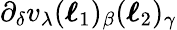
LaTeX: \partial_{\delta}v_{\lambda}(\boldsymbol{\ell}_{1})_{\beta}(\boldsymbol{\ell}_{2})_{\gamma}